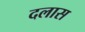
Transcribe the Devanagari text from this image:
दलास